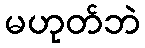
မဟုတ်ဘဲ